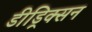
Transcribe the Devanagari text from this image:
डीड्रिक्सन